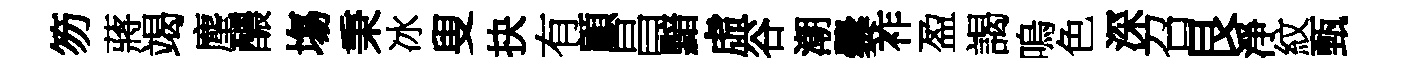
笏蔣竭麈醲塲秉冰叟抉有顧昌黯虛谷潮爨祚盈謁嗚色深召艮淨紋甄